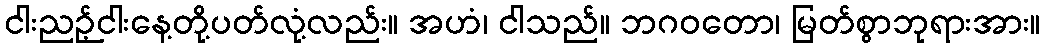
ငါးညဉ့်ငါးနေ့တို့ပတ်လုံ့လည်း။ အဟံ၊ ငါသည်။ ဘဂဝတော၊ မြတ်စွာဘုရားအား။